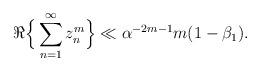
LaTeX: \begin{align*}\Re\Big\{ \sum_{n=1}^{\infty} z_n^m \Big\} \ll \alpha^{-2m-1} m(1-\beta_1). \end{align*}